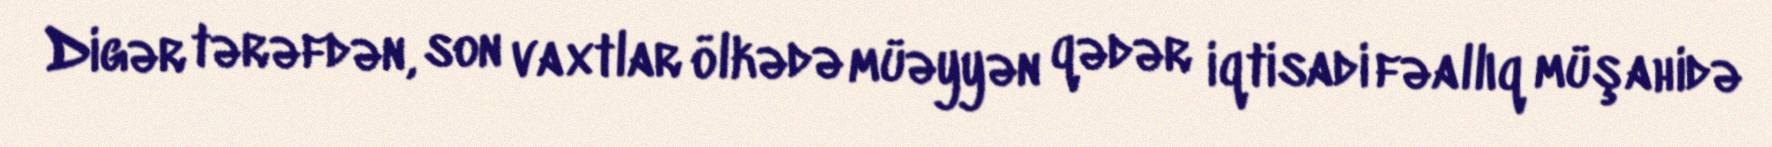
Digər tərəfdən, son vaxtlar ölkədə müəyyən qədər iqtisadi fəallıq müşahidə